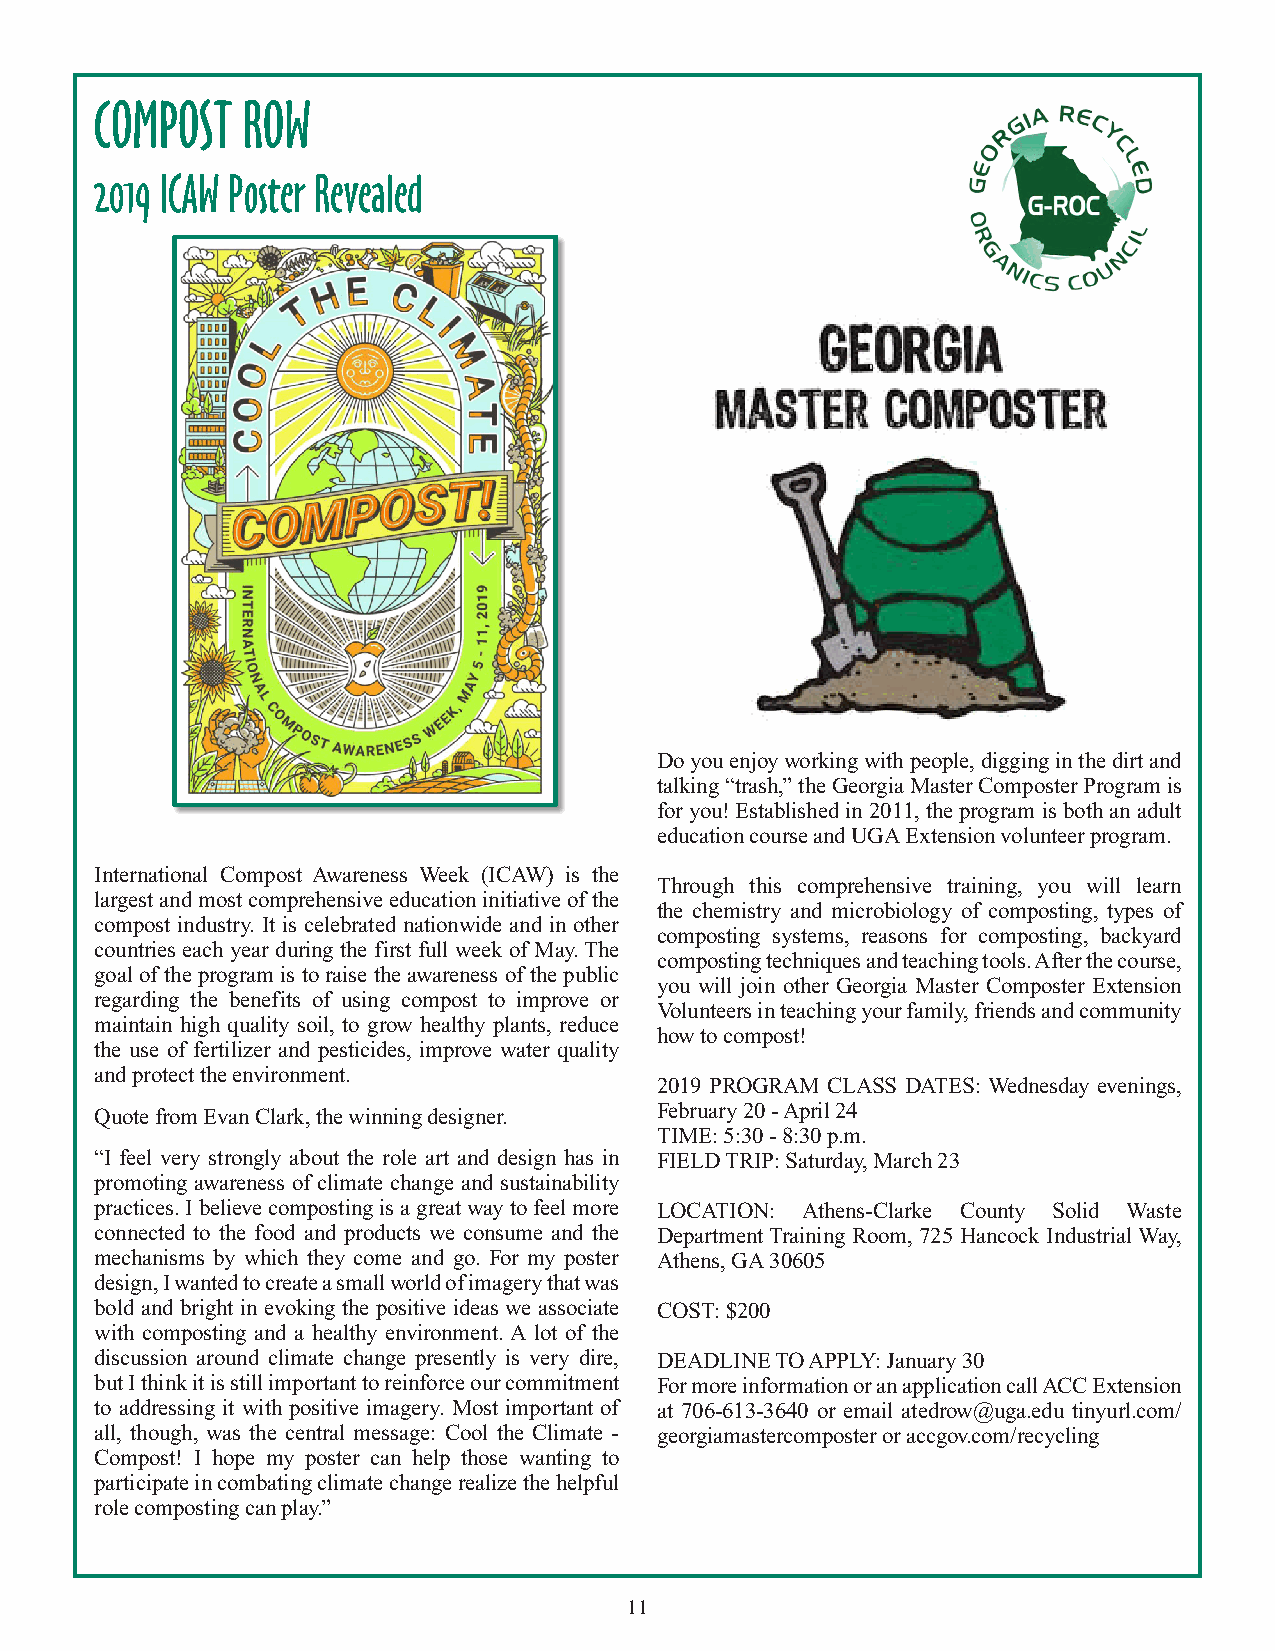
COMPOST   ROW
 2019 ICAW Poster Revealed
 Do you enjoy working with people, digging in the dirt and
 talking “trash,” the Georgia Master Composter Program is
 for you! Established in 2011, the program is both an adult
 education course and UGA Extension volunteer program.
 International Compost Awareness Week (ICAW) is the
 Through this comprehensive training, you will learn
 largest and most comprehensive education initiative of the
 the chemistry and microbiology of composting, types of
 compost industry. It is celebrated nationwide and in other
 composting systems, reasons for composting, backyard
 countries each year during the first full week of May. The
 composting techniques and teaching tools. After the course,
 goal of the program is to raise the awareness of the public
 you will join other Georgia Master Composter Extension
 regarding the benefits of using compost to improve or
 Volunteers in teaching your family, friends and community
 maintain high quality soil, to grow healthy plants, reduce
 how to compost!
 the use of fertilizer and pesticides, improve water quality
 and protect the environment.
 2019 PROGRAM CLASS DATES: Wednesday evenings,
 Quote from Evan Clark, the winning designer. February 20 - April 24
 TIME: 5:30 - 8:30 p.m.
 “I feel very strongly about the role art and design has in FIELD TRIP: Saturday, March 23
 promoting awareness of climate change and sustainability
 practices. I believe composting is a great way to feel more LOCATION: Athens-Clarke County Solid Waste
 connected to the food and products we consume and the Department Training Room, 725 Hancock Industrial Way,
 mechanisms by which they come and go. For my poster Athens, GA 30605
 design, I wanted to create a small world of imagery that was
 bold and bright in evoking the positive ideas we associate COST: $200
 with composting and a healthy environment. A lot of the
 discussion around climate change presently is very dire, DEADLINE TO APPLY: January 30
 but I think it is still important to reinforce our commitment For more information or an application call ACC Extension
 to addressing it with positive imagery. Most important of at 706-613-3640 or email atedrow@uga.edu tinyurl.com/
 all, though, was the central message: Cool the Climate - georgiamastercomposter or accgov.com/recycling
 Compost! I hope my poster can help those wanting to
 participate in combating climate change realize the helpful
 role composting can play.”
 11